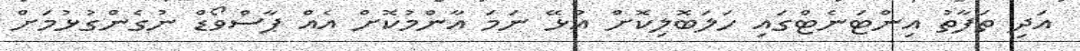
އަދި ތަފާތު އިންޓަނެޓްގައި ހަލަބޮލިކޮށް އުޅޭ ނަމަ އާންމުކޮށް އެއް ޕާސްވޯޑް ނުގެންގުޅުމަށް